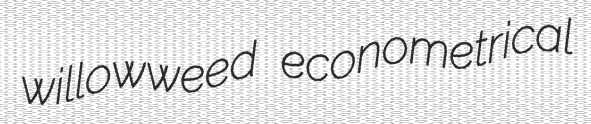
willowweed econometrical